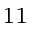
_ { 1 1 }